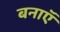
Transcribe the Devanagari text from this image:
बनाऍ